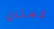
كمثال